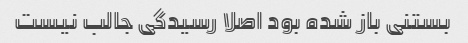
بستنی باز شده بود اصلا رسیدگی جالب نیست